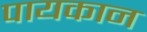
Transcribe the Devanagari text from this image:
पायकान